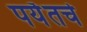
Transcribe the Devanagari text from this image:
पर्यँतचे